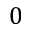
0